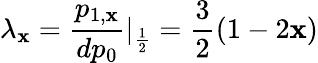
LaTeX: \lambda_{\mathbf{x}}=\frac{{p_{1,\mathbf{x}}}}{{dp_{0}}}\vert_{\frac{{1}}{{2}}}=\frac{{3}}{{2}}(1-2\mathbf{x})